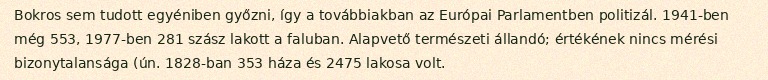
Bokros sem tudott egyéniben győzni, így a továbbiakban az Európai Parlamentben politizál. 1941-ben még 553, 1977-ben 281 szász lakott a faluban. Alapvető természeti állandó; értékének nincs mérési bizonytalansága (ún. 1828-ban 353 háza és 2475 lakosa volt.